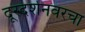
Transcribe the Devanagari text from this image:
दूरदर्शनवरचा